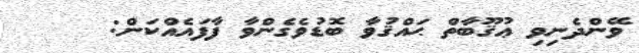
ވޭންދެނިވި ޢުޤޫބާތް ޙައްޤުވާ ބޮޑުވެގެންވާ ފާފައެއްކަން: